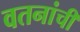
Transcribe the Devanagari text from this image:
वतनांची